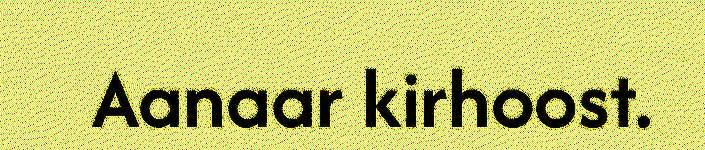
Aanaar kirhoost.